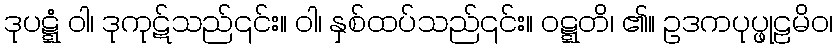
ဒုပဋ္ဋံ ဝါ၊ ဒုကုဋ်သည်၎င်း။ ဝါ၊ နှစ်ထပ်သည်၎င်း။ ဝဋ္ဋတိ၊ ၏။ ဥဒကပုပ္ဖုဠမိဝ၊